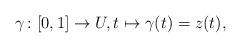
LaTeX: \begin{align*}\gamma \colon [0,1] \to U,t \mapsto \gamma(t)=z(t),\end{align*}